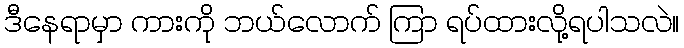
ဒီနေရာမှာ ကားကို ဘယ်လောက် ကြာ ရပ်ထားလို့ရပါသလဲ။